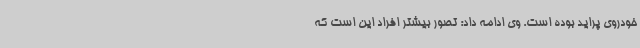
خودروی پراید بوده‌ است. وی ادامه داد: تصور بیشتر افراد این است که